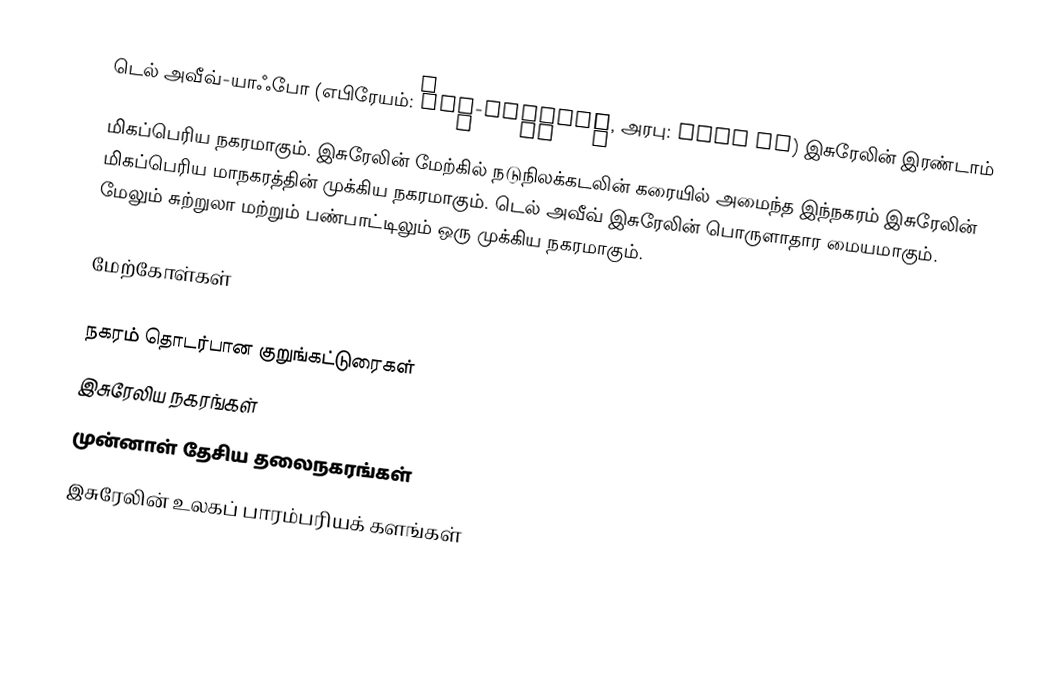
டெல் அவீவ்-யாஃபோ (எபிரேயம்: תֵּל־אָבִיב-יָפוֹ, அரபு: تل أبيب) இசுரேலின் இரண்டாம் மிகப்பெரிய நகரமாகும். இசுரேலின் மேற்கில் நடுநிலக்கடலின் கரையில் அமைந்த இந்நகரம் இசுரேலின் மிகப்பெரிய மாநகரத்தின் முக்கிய நகரமாகும். டெல் அவீவ் இசுரேலின் பொருளாதார மையமாகும். மேலும் சுற்றுலா மற்றும் பண்பாட்டிலும் ஒரு முக்கிய நகரமாகும்.

மேற்கோள்கள்

நகரம் தொடர்பான குறுங்கட்டுரைகள்
இசுரேலிய நகரங்கள்
முன்னாள் தேசிய தலைநகரங்கள்
இசுரேலின் உலகப் பாரம்பரியக் களங்கள்